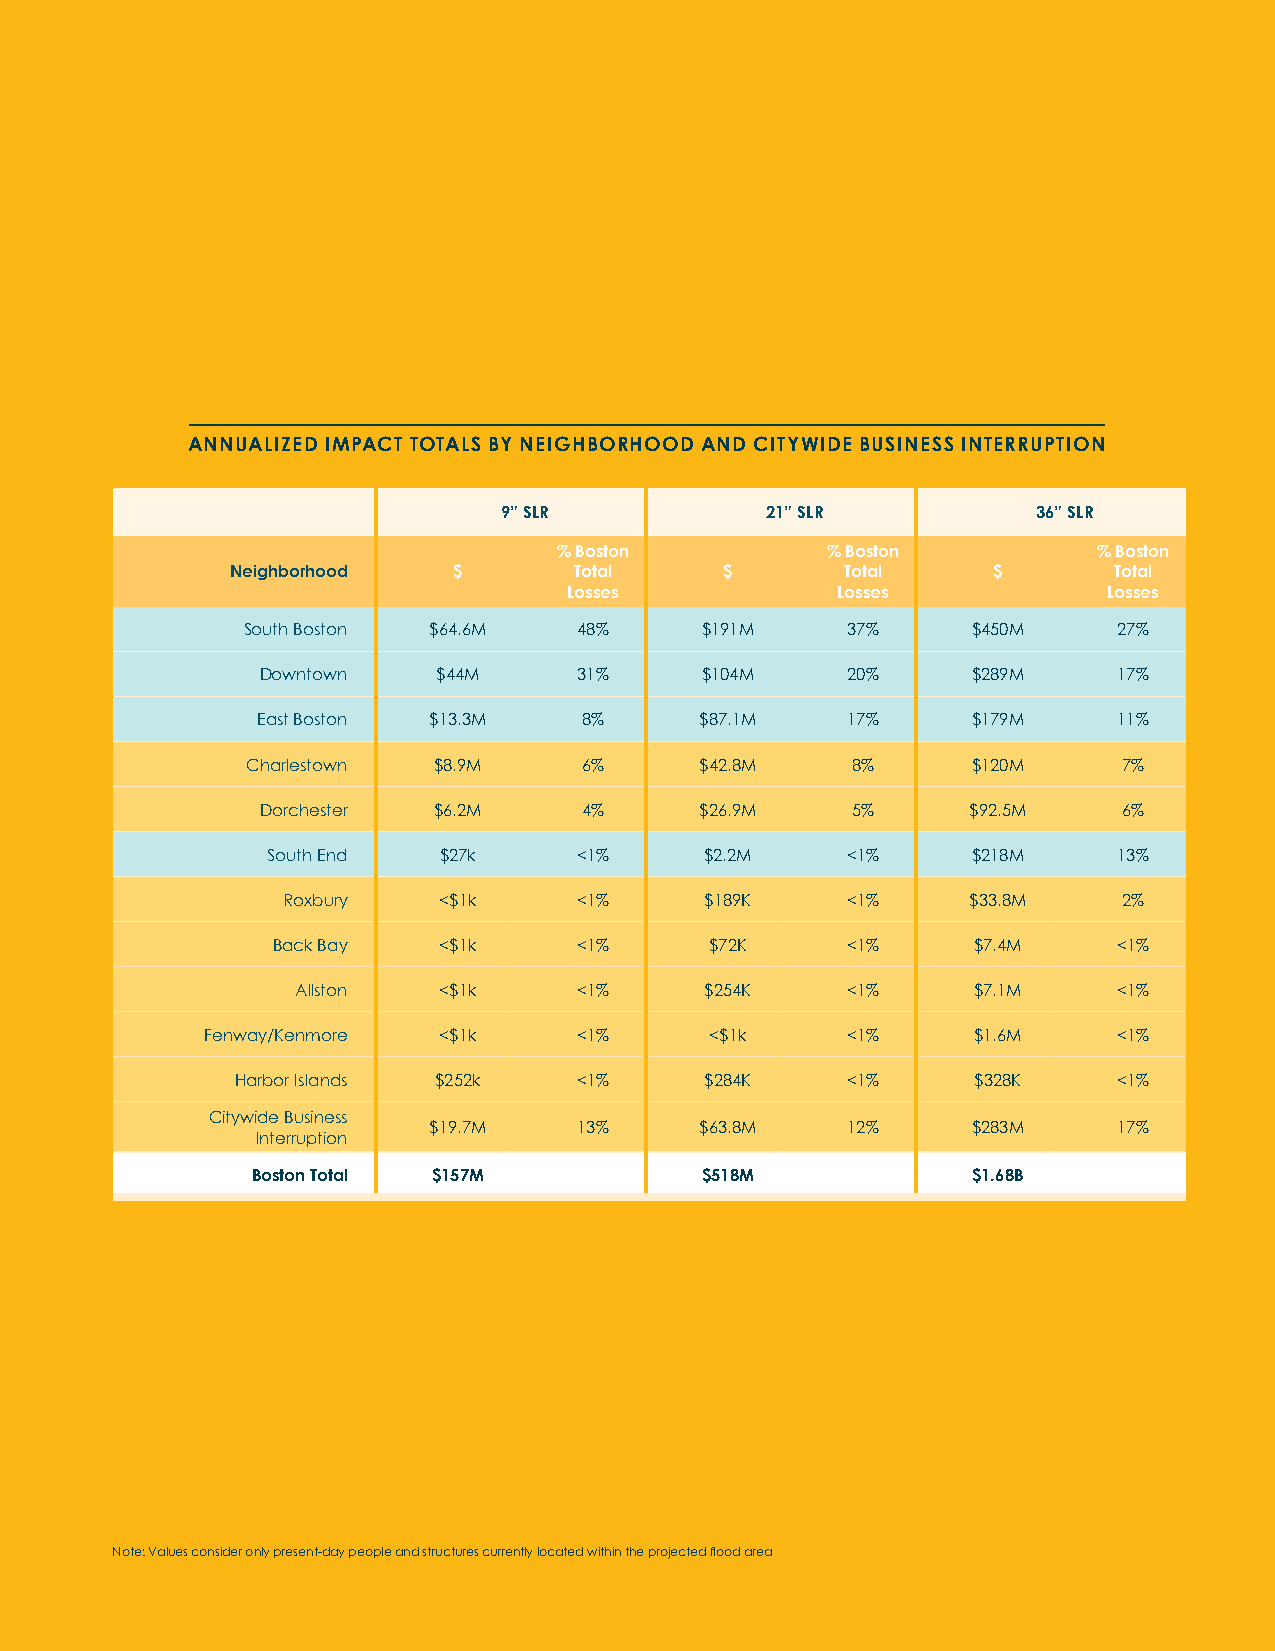
ANNUALIZED DIRECT PHYSICAL DAMAGE, STRESS FACTORS, AND
 ANNUALIZED IMPACT TOTALS BY NEIGHBORHOOD AND CITYWIDE BUSINESS INTERRUPTION             DISPLACEMENT COSTS FOR THE 36” CLIMATE CONDITION BY NEIGHBORHOOD
 9” SLR            21” SLR           36” SLR                            DIRECT PHYSICAL DAMAGE STRESS FACTORS DISPLACEMENT COSTS TOTAL
 % Boston          % Boston          % Boston             South Boston    $431M            $4.7M           $14.3M       $450M
 Neighborhood   $       Total     $       Total     $       Total
 Losses           Losses            Losses                Downtown       $276M            $5.4M            $7.3M       $289M
 South Boston $64.6M   48%     $191M     37%     $450M     27%                   South End     $193M           $14.1M           $10.9M       $218M
 East Boston    $163M           $10.2M            $6.4M       $179M
 Downtown    $44M     31%     $104M     20%     $289M     17%
 Charlestown     $115M            $2M              $3.4M       $120M
 East Boston $13.3M    8%     $87.1M    17%     $179M     11%
 Dorchester     $86M             $3.2M            $3.4M       $92.5M
 Charlestown  $8.9M     6%     $42.8M    8%      $120M     7%
 Roxbury      $32.6M           $240K            $970K       $33.8M
 Dorchester  $6.2M     4%     $26.9M    5%      $92.5M    6%
 Back Bay      $6.6M            $470K            $310K       $7.3M
 South End  $27k     <1%      $2.2M    <1%     $218M     13%                     Allston     $7M              $30K             $120K       $7.1M
 Fenway       $1.5M            $120K            $50K        $1.6M
 Roxbury   <$1k     <1%      $189K    <1%     $33.8M    2%
 Harbor Islands  $320K             -               $10K        $330K
 Back Bay   <$1k     <1%      $72K     <1%     $7.4M     <1%
 Boston Total   $1.3B           $40.4M           $47.1M       $1.4B
 Allston  <$1k     <1%      $254K    <1%     $7.1M     <1%
 Fenway/Kenmore  <$1k     <1%      <$1k     <1%     $1.6M     <1%
 Harbor Islands $252k  <1%      $284K    <1%      $328K    <1%
 Citywide Business
 $19.7M    13%     $63.8M    12%     $283M     17%
 Interruption
 Boston Total $157M           $518M             $1.68B
 Note: Values consider only present-day people and structures currently located within the projected fl ood area
 68 City of Boston: Climate Ready Boston